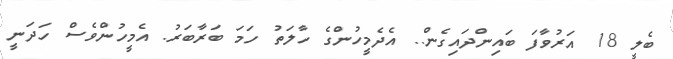
ބެލީ 18 އަރުވާފަ ބައިންދައިގެން.. އެދެމީހުންގެ ހާލަތު ހަމަ ބަރާބަރު. އެމީހުންވެސް ހަދަނީ